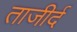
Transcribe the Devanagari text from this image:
ताजीर्द